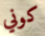
كوني